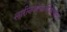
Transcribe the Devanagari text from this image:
लारीनजोफारीजीयाल